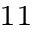
^ { 1 1 }